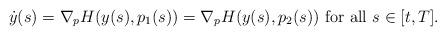
LaTeX: \begin{align*}\dot{y}(s)=\nabla_p H(y(s),p_1(s))=\nabla_p H(y(s),p_2(s))\mbox{ for all } s\in [t,T].\end{align*}